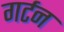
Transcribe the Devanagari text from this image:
गर्टन